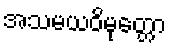
အသမယဝိမုတ္တော